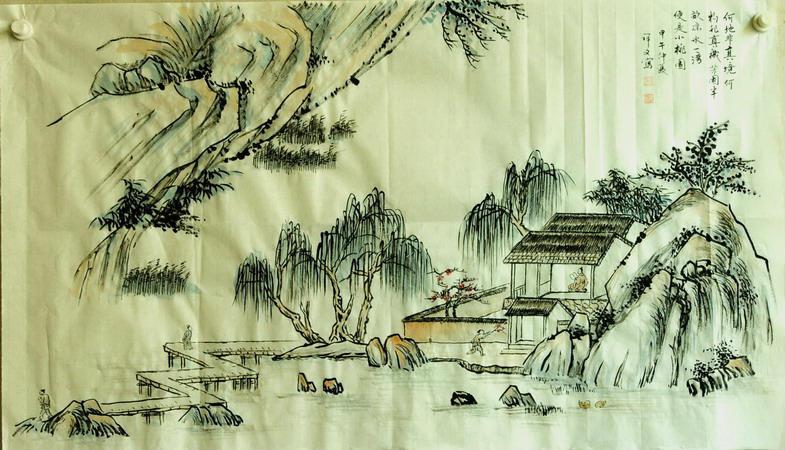
白日沦西河，素月出东岭。